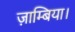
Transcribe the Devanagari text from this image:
ज़ाम्बिया।